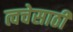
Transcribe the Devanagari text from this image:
त्वचेसाठी